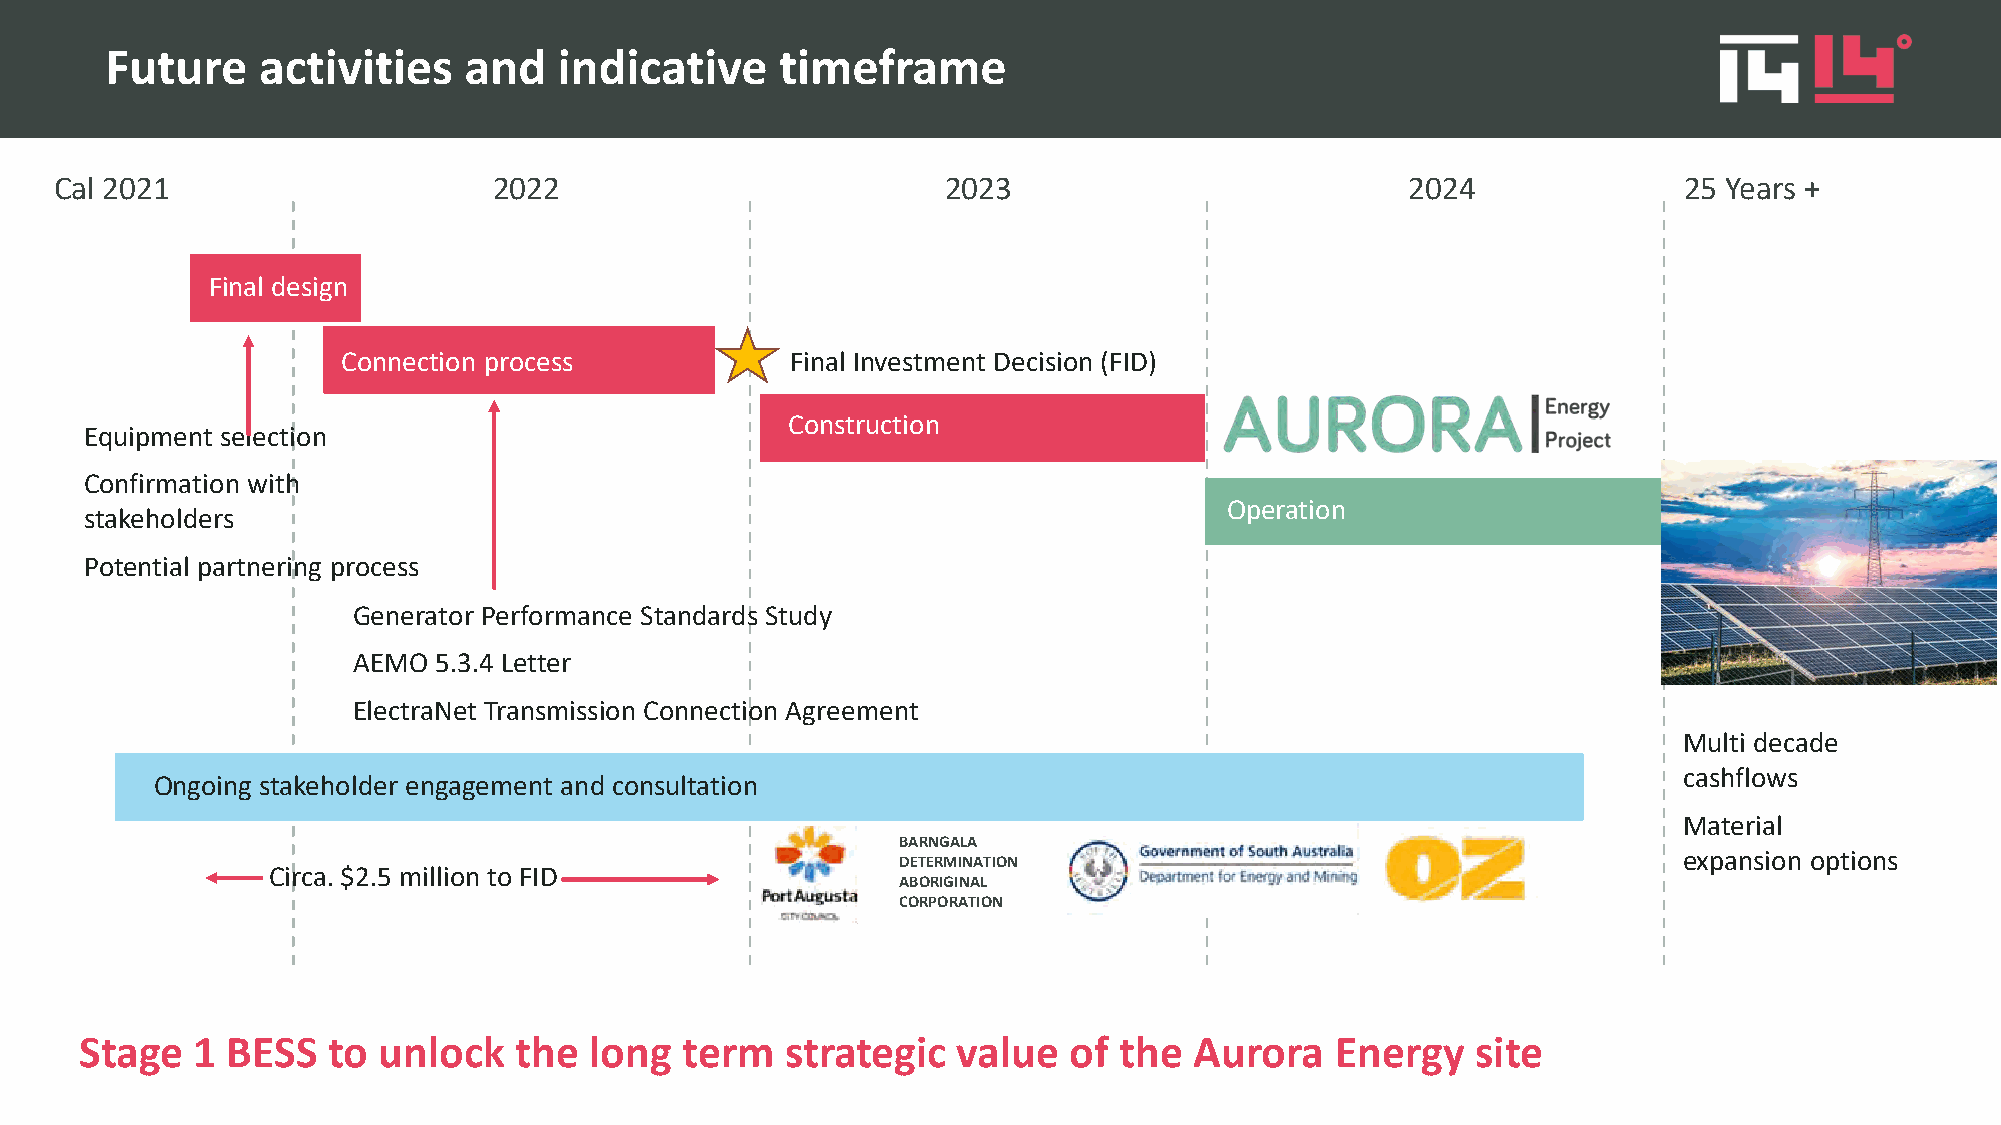
Future    activities    and   indicative     timeframe
 Cal 2021                     2022                          2023                          2024              25 Years +
 Final design
 Connection process           Final Investment Decision (FID)
 Construction
 Equipment selection
 Confirmation with
 Operation
 stakeholders
 Potential partnering process
 Generator Performance Standards Study
 AEMO  5.3.4 Letter
 ElectraNet Transmission Connection Agreement
 Multi decade
 cashflows
 Ongoing stakeholder engagement and consultation
 Material
 BARNGALA
 expansion options
 DETERMINATION
 Circa. $2.5 million to FID
 ABORIGINAL
 CORPORATION
 Stage   1 BESS   to unlock   the  long  term   strategic  value   of the  Aurora   Energy    site